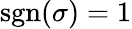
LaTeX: \textrm{sgn}(\sigma)=1